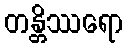
တန္တိဿရော